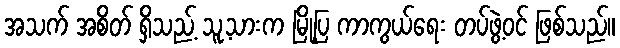
အသက် အစိတ် ရှိသည့် သူ့သားက မြို့ပြ ကာကွယ်ရေး တပ်ဖွဲ့ဝင် ဖြစ်သည်။